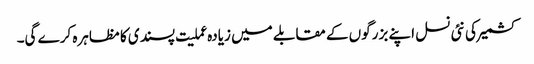
کشمیر کی نئی نسل اپنے بزرگوں کے مقابلے میں زیادہ عملیت پسندی کا مظاہرہ کرے گی۔